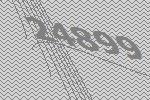
24899